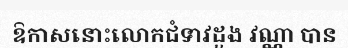
ឱកាសនោះលោកជំទាវដួង វណ្ណា បាន